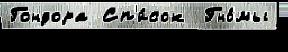
Гондора Сп'и́сок  Гно́мы